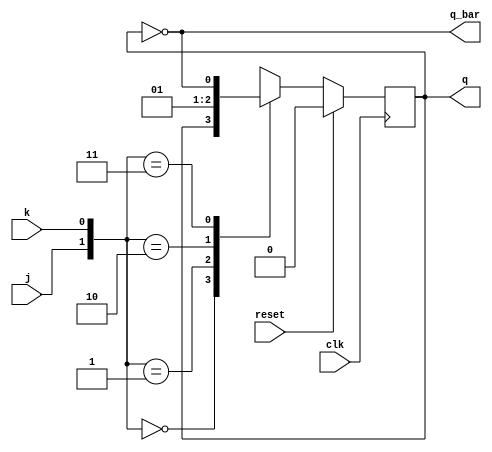
`timescale 1ns / 1ps
//////////////////////////////////////////////////////////////////////////////////
// Company: 
// Engineer: 
// 
// Design Name: 
// Module Name: JK_FlipFlop
// Project Name: 
// Target Devices: 
// Tool Versions: 
// Description: 
// 
// Dependencies: 
// 
// Revision:
// Revision 0.01 - File Created
// Additional Comments:
// 
//////////////////////////////////////////////////////////////////////////////////


module JK_FlipFlop(

    input clk,reset,
    input j,k,
    output reg q, 
    output q_bar
    );
    
    always @ (posedge clk)begin  // For Synchronous Reset always positive edge of clk
    if(reset)
        q <= 0;
    else begin
        case({j,k})
            2'b00:
                q <= q;
            2'b01:
                q <= 0;
            2'b10:
                q <= 1;
            2'b11:
                q <= ~q;
            default:
                q <= q;
         endcase
     end
    end
    
    assign q_bar = ~q;
endmodule